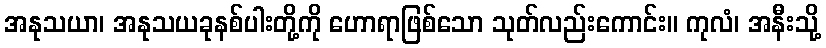
အနုသယာ၊ အနုသယခုနစ်ပါးတို့ကို ဟောရာဖြစ်သော သုတ်လည်းကောင်း။ ကုလံ၊ အနီးသို့